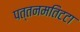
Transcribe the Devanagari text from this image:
पत्तनमतिटटा